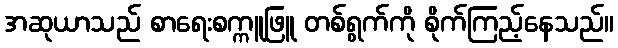
အဆုယာသည် စာရေးစက္ကူဖြူ တစ်ရွက်ကို စိုက်ကြည့်နေသည်။